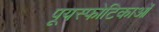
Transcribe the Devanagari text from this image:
पूयस्फोटिकाओं